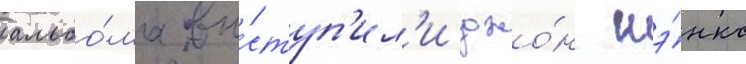
альбо́ма вы́ступ'ил'и джо́н шэ́нкс